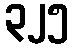
၃၂၅